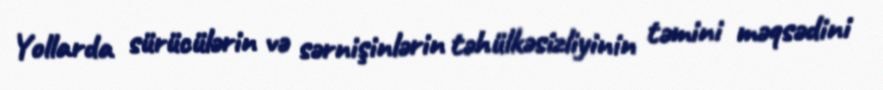
Yollarda sürücülərin və sərnişinlərin təhülkəsizliyinin təmini məqsədini